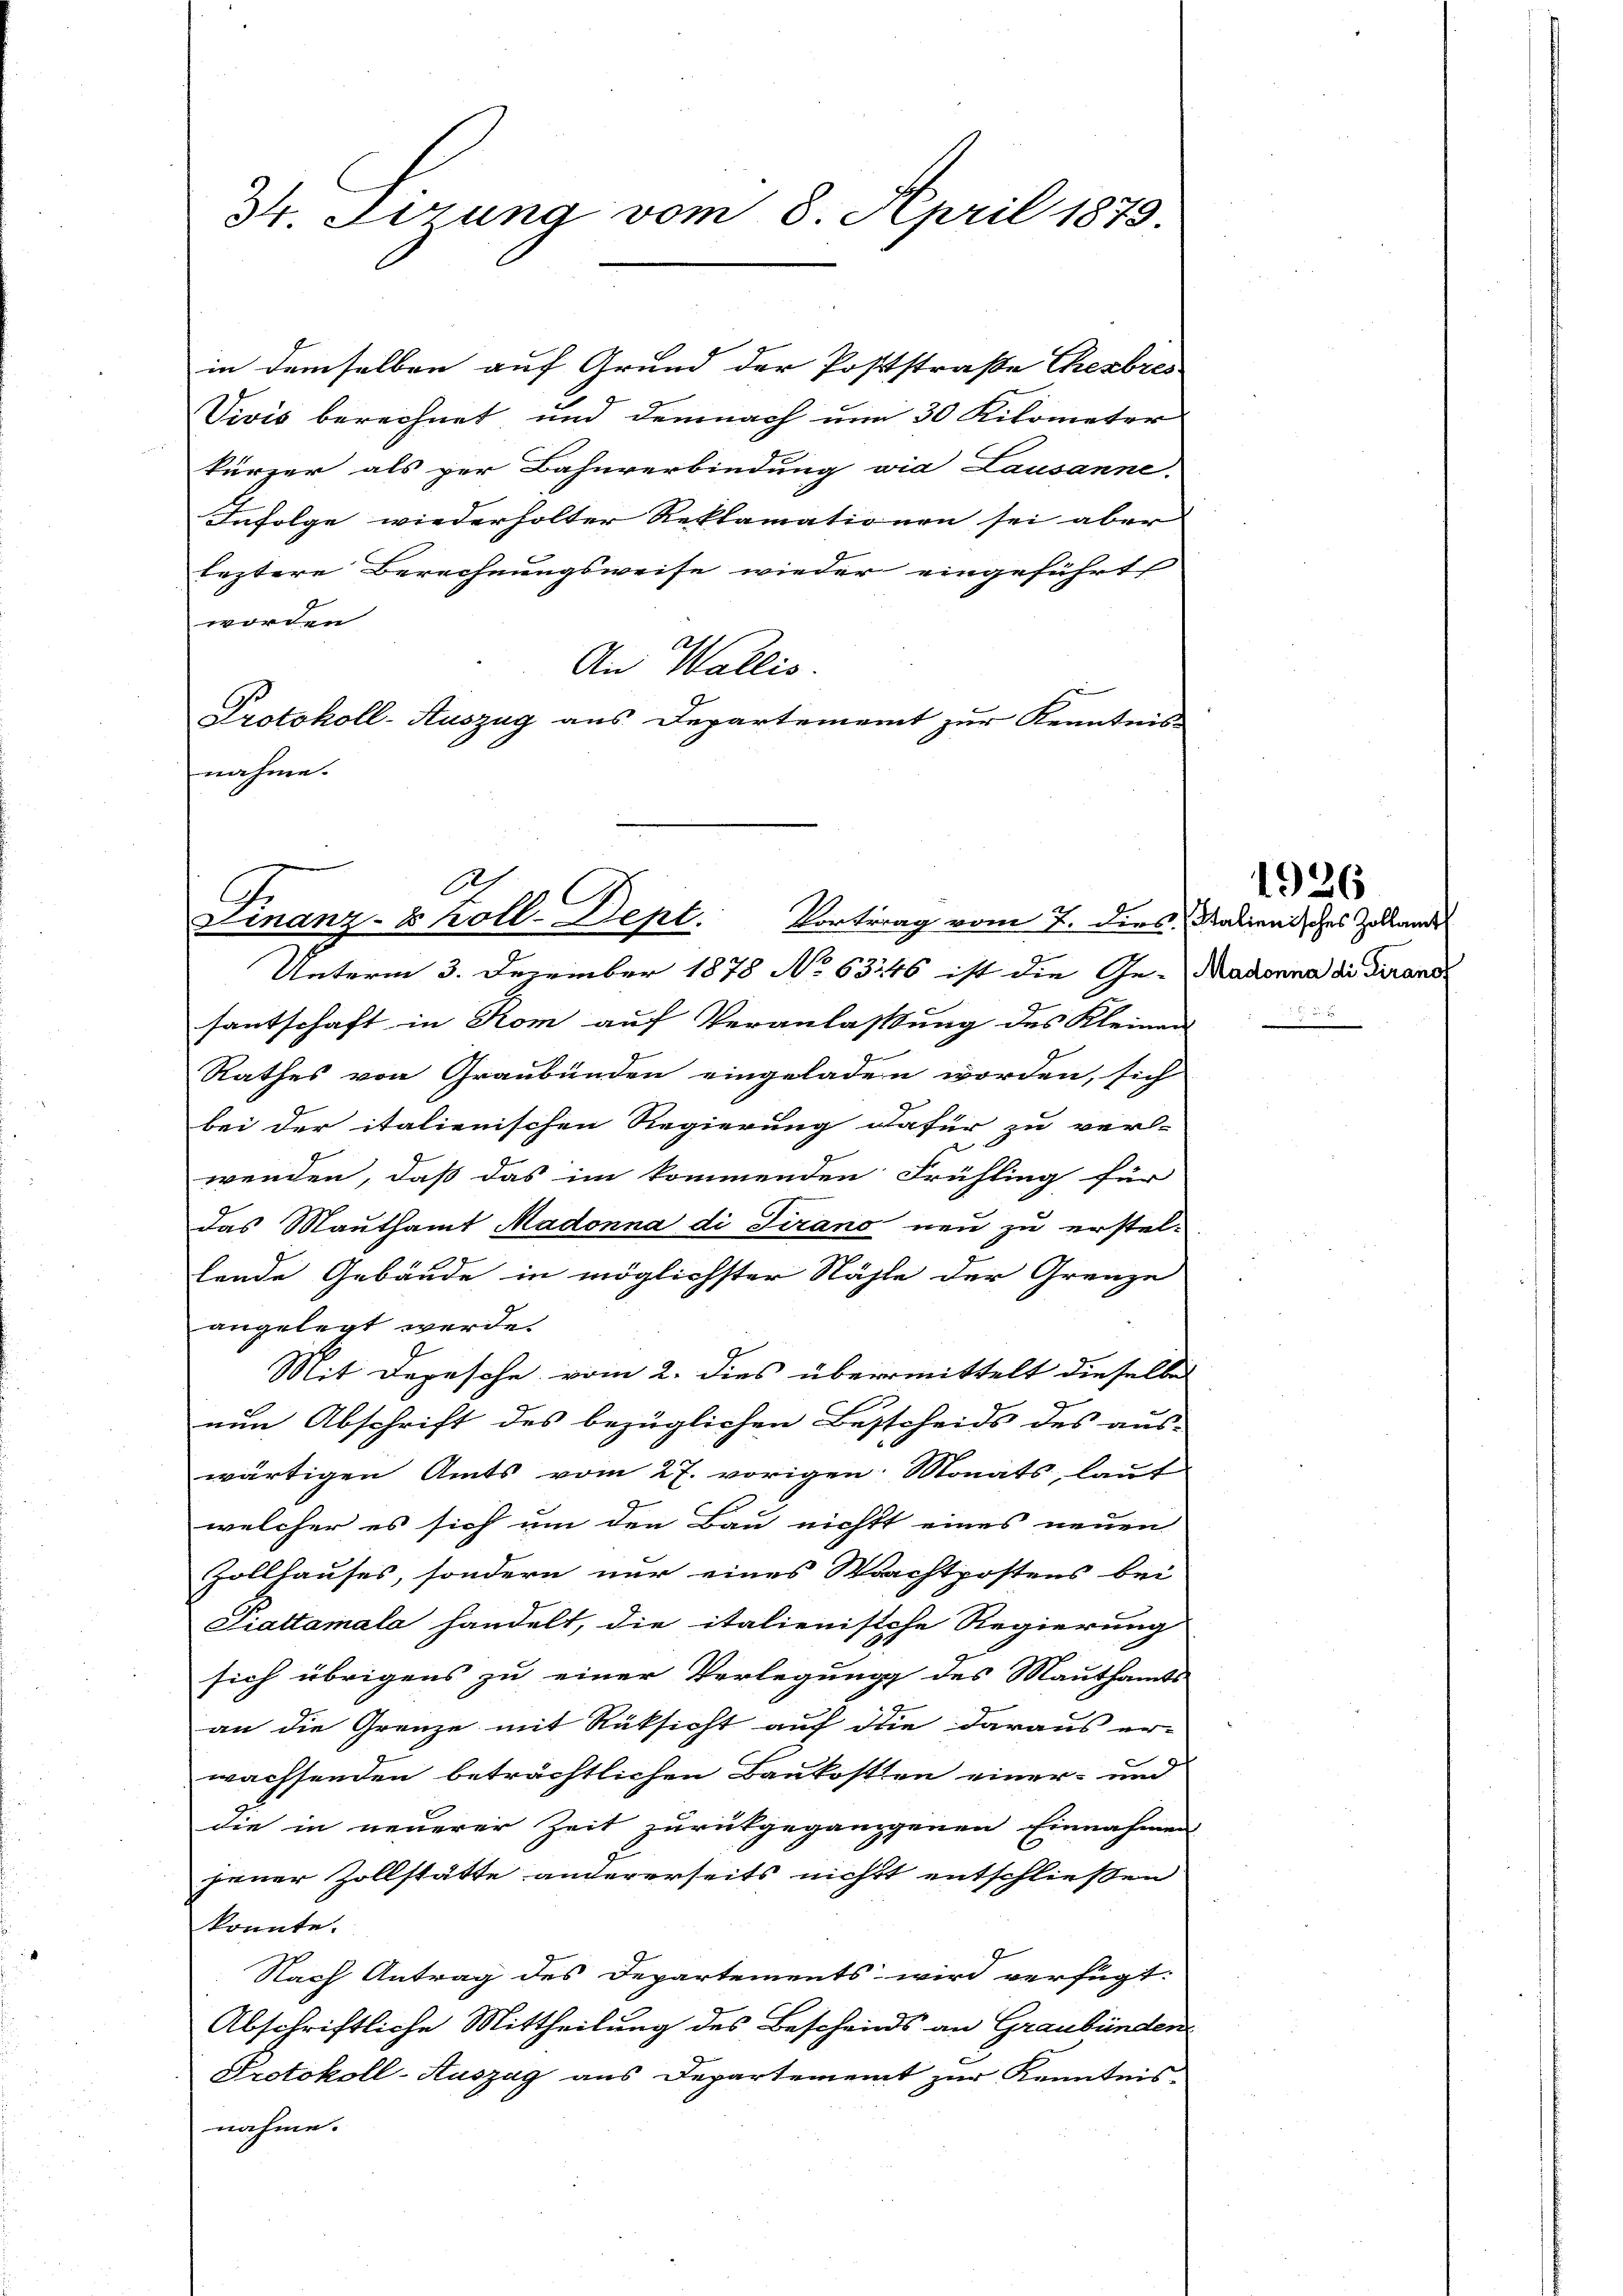
34 Jirung vom 8. April 1879.

C
Finanz-8 Koll-Dept.
Vortrag vom 7. dies Stalienisches Zollamt

in demselben auf Grund der Poststraße Theabres
Vivis berechnet und demnach um 30 Kilometer
kürzer als per Bahnverbindung wie Lausanne.
Infolge wiederholter Reklamationen sei aber
leztere Berechnungsweise wieder eingeführt
worden
An Wallis.
Protokoll-Auszug aus Departement zur Kenntnis
nahme.

Unterm 3. Dezember 1878 No 63246 ist die Ge-Madonna die Trans
santschaft in Rom auf Veranlassung des Kleinen
Rathes von Graubünden eingeladen worden, sich
bei der italienischen Regierung dafür zu verl-
wenden, daß das im kommenden Frühling für
das Mauthamt Madonna di Firano neu zu erstel-
lende Gebäude in möglichster Stähle der Grenze
angelegt werde.
Mit Depesche vom 2. dies übermittelt dieselben
nun Abschrift des bezüglichen Bescheids des aus-
wärtigen Amts vom 27. vorigen: Monats, laut
welcher es sich um den Bau nichtt eines neuen
Zollhauses, sondern nur eines Wachtpostens bei
Piattamala handelt, die italienische Regierung
sich übrigens zu einer Verlegung des Mauthamts
an die Grenze mit Rücksicht auf die daraus er-
wachsenden beträchtlichen Baukosten einer und
die in neuerer Zeit zurückgegangenen Einnahmen
jener Zollstätte andererseits nicht entschließen
konnte.
Nach Antrag des Departements wird verfügt:
Abschriftliche Mittheilung des Bescheids an Graubünden
Protokoll-Auszag aus Departement zur Kenntnis-
nahme.

1926